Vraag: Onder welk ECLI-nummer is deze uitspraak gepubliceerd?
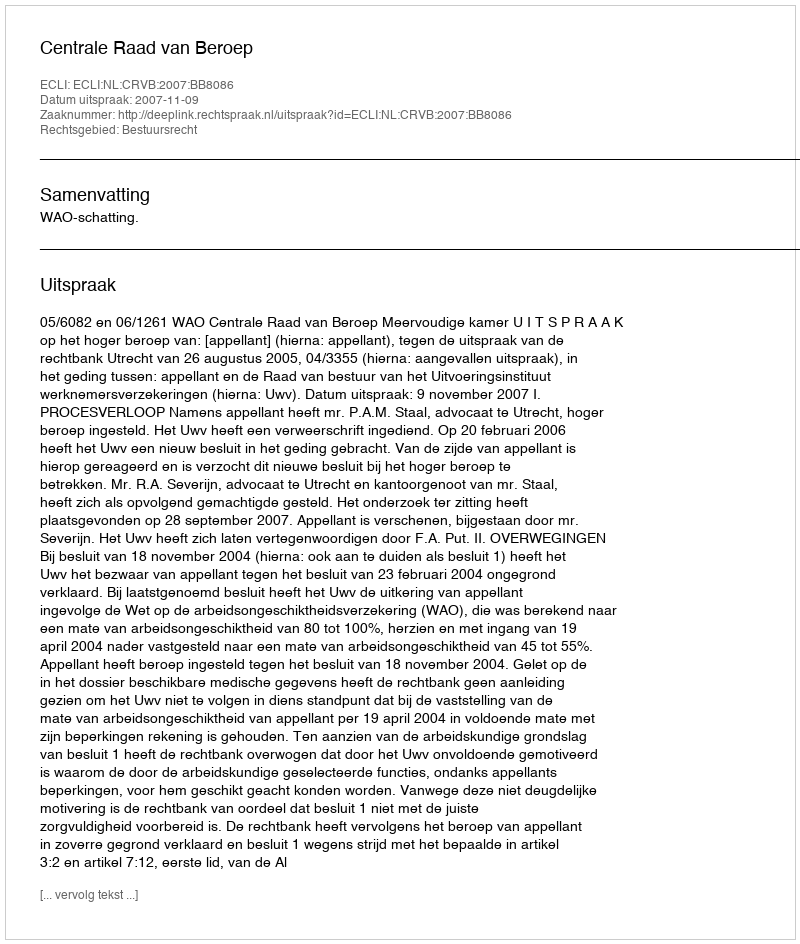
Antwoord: ECLI:NL:CRVB:2007:BB8086